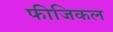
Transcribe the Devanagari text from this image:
फीजिकल